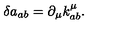
\delta a _ { a b } = \partial _ { \mu } k _ { a b } ^ { \mu } .